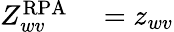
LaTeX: \begin{array}{rl}{Z_{wv}^{\mathrm{RPA}}}&{{}=z_{wv}}\end{array}